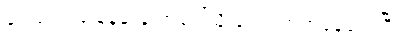
ရေသည် ခြေနင်းခုံ အပေါ်သို့ ကျော်တက်နေလေပြီ။